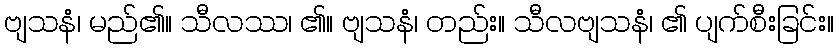
ဗျသနံ၊ မည်၏။ သီလဿ၊ ၏။ ဗျသနံ၊ တည်း။ သီလဗျသနံ၊ ၏ ပျက်စီးခြင်း။